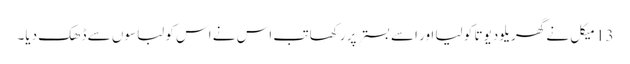
13 میکل نے گھریلو دیوتا کو لیا اور اسے بستر پر رکھا تب اس نے اس کو لباسوں سے ڈھک دیا۔